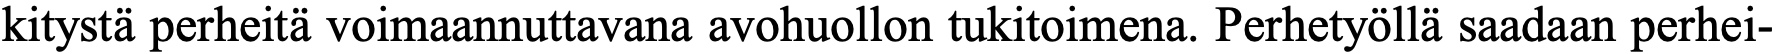
kitystä perheitä voimaannuttavana avohuollon tukitoimena. Perhetyöllä saadaan perhei-